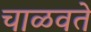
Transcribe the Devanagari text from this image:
चाळवते